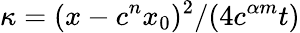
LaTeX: \kappa=(x-c^{n}x_{0})^{2}/(4c^{\alpha m}t)